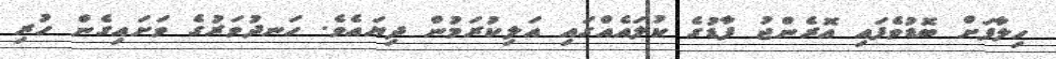
ހިލާފަށް ބޮޑުވެފައި އޮރެންޖު ފާޑުގެ ކުލައެއްގައި އަލިކުރަމުން ދިޔައެވެ. ހަނދުވަރުގެ ވަށައިގެން ހުރި